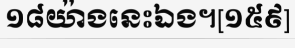
១៨យ៉ាងនេះឯង។[១៥៩]